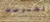
بالمدرسه